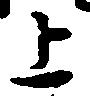
上